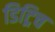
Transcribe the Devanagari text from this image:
डिट्रिच